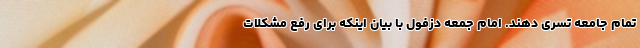
تمام جامعه تسری دهند. امام جمعه دزفول با بیان اینکه برای رفع مشکلات